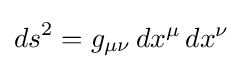
{ds}^{2}=g_{\mu \nu }\,dx^{\mu }\,dx^{\nu }